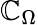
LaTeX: \mathbb{C}_{\Omega}